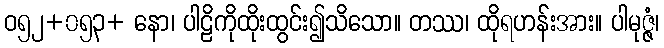
ဝ၅၂+၀၅၃+ နော၊ ပါဠိကိုထိုးထွင်း၍သိသော။ တဿ၊ ထိုရဟန်းအား။ ပါမုဇ္ဇံ၊